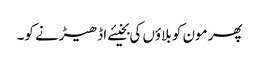
پھر مون کو بلاؤں کی بخیئے اڈھیڑنے کو۔